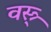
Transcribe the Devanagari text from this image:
वस्त्र्